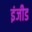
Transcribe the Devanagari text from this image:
इंजीड